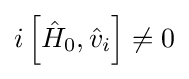
i\left[{\hat {H}}_{0},{\hat {v}}_{i}\right]\neq 0